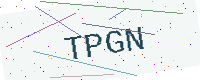
Text: TPGN